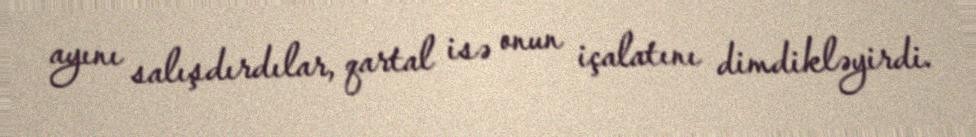
ayını salışdırdılar, qartal isə onun içalatını dimdikləyirdi.